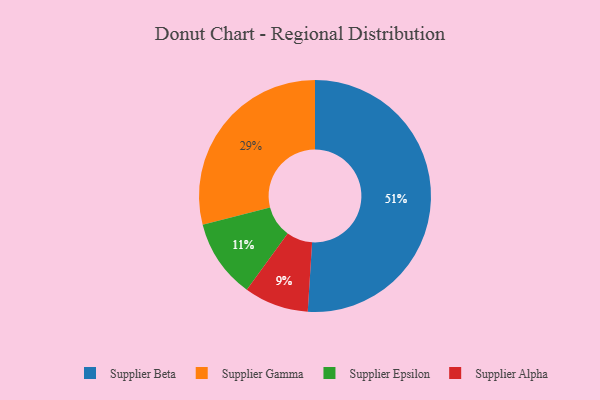
{"axis": {"x": "Category", "y": "Percentage"}, "legend": ["Supplier Alpha", "Supplier Beta", "Supplier Epsilon", "Supplier Gamma"], "data": [{"x": "Supplier Alpha", "y": 9, "type": "Supplier Alpha"}, {"x": "Supplier Gamma", "y": 29, "type": "Supplier Gamma"}, {"x": "Supplier Beta", "y": 51, "type": "Supplier Beta"}, {"x": "Supplier Epsilon", "y": 11, "type": "Supplier Epsilon"}]}